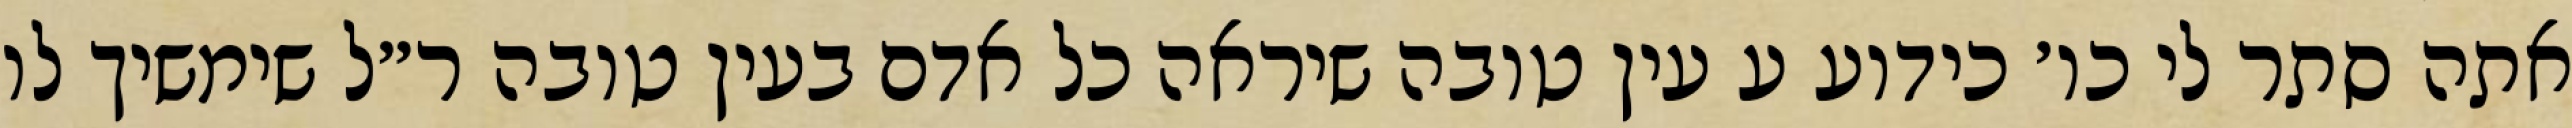
אתה סתר לי כו׳ כידוע ע עין טובה שיראה כל אדם בעין טובה ר״ל שימשיך לו